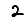
Digit: 2